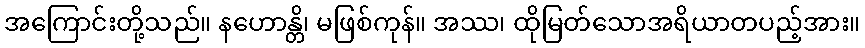
အကြောင်းတို့သည်။ နဟောန္တိ၊ မဖြစ်ကုန်။ အဿ၊ ထိုမြတ်သောအရိယာတပည့်အား။